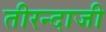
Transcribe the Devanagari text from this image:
तीरन्दाजी